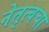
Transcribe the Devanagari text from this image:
नेतृत्वचा